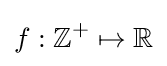
f:\mathbb {Z} ^{+}\mapsto \mathbb {R}